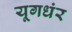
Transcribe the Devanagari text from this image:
यूगधंर